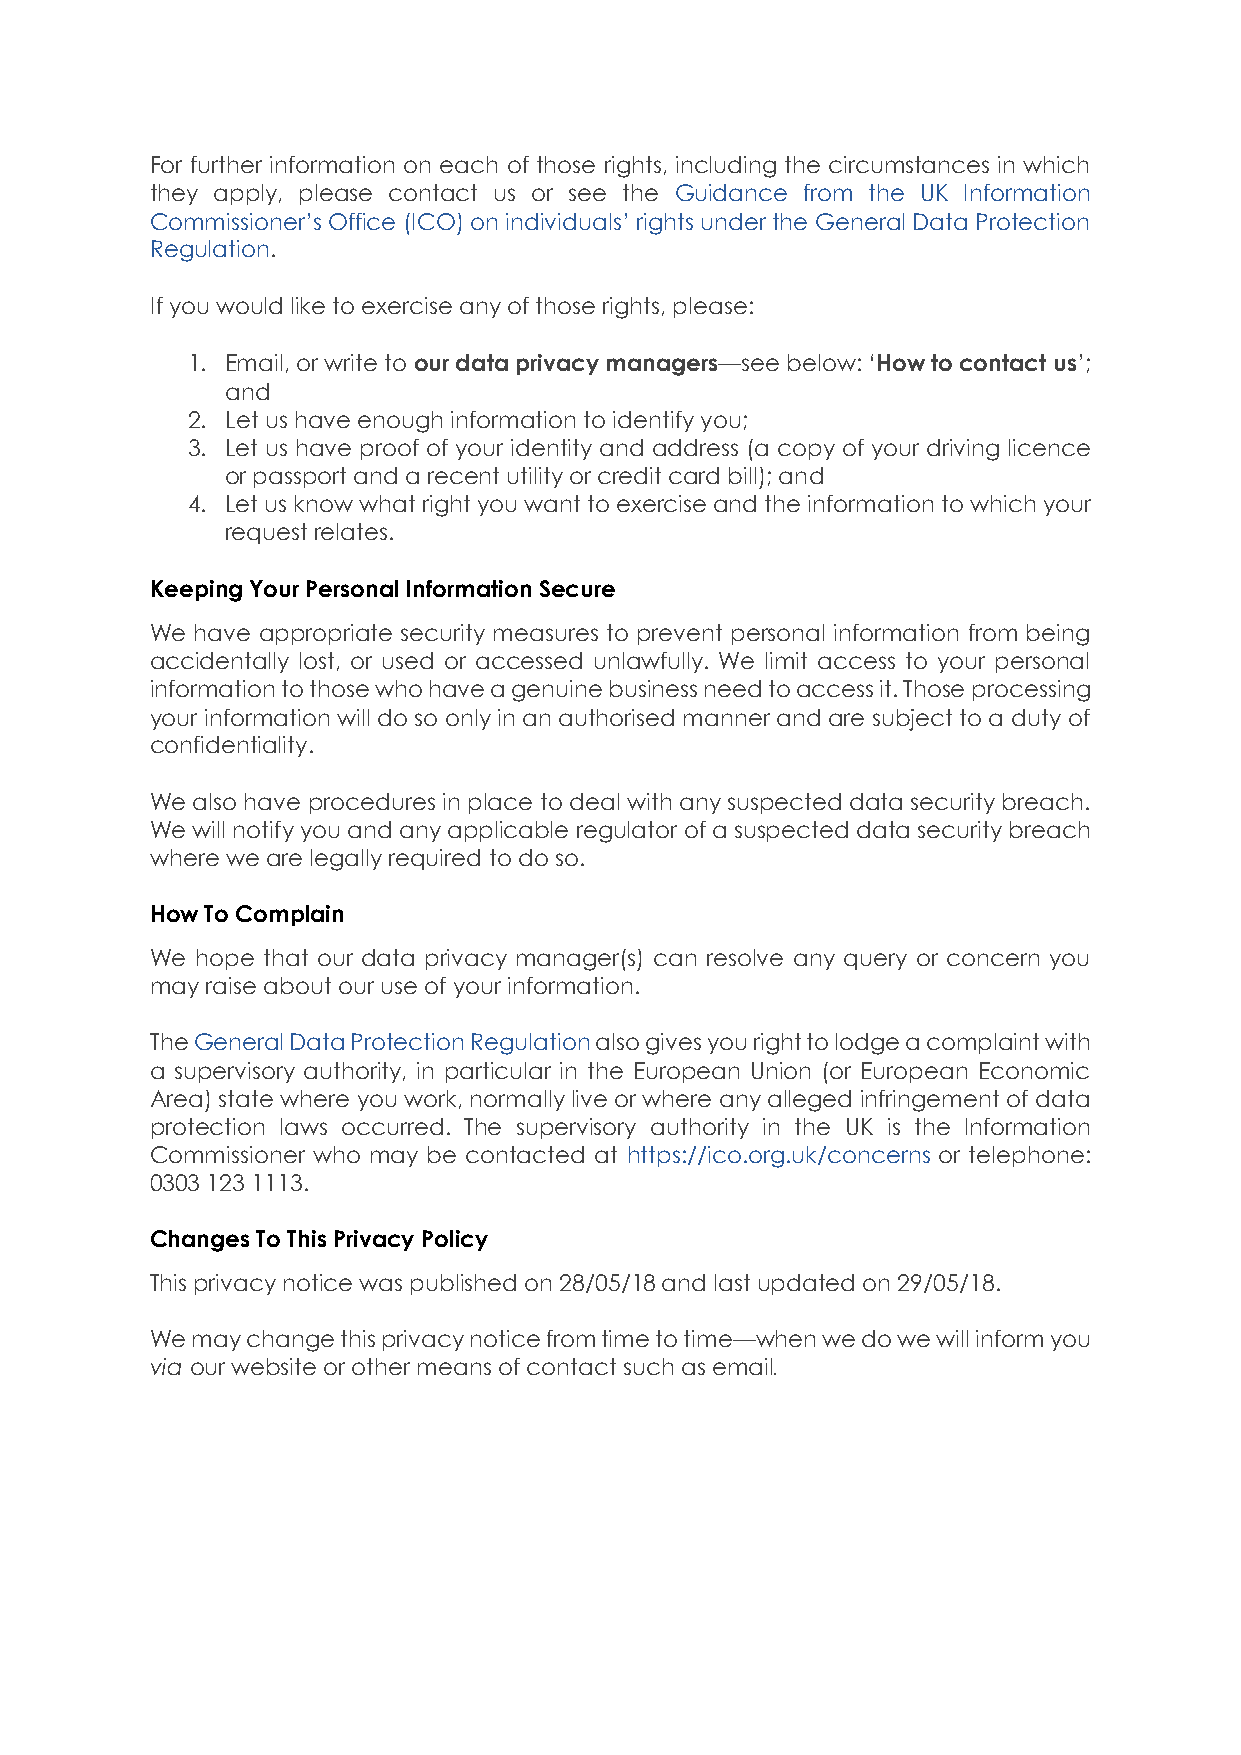
For further information on each of those rights, including the circumstances in which
 they apply, please contact us or see the Guidance from the UK Information
 Commissioner’s Office (ICO) on individuals’ rights under the General Data Protection
 Regulation.
 If you would like to exercise any of those rights, please:
 1. Email, or write to our data privacy managers—see below: ‘How to contact us’;
 and
 2. Let us have enough information to identify you;
 3. Let us have proof of your identity and address (a copy of your driving licence
 or passport and a recent utility or credit card bill); and
 4. Let us know what right you want to exercise and the information to which your
 request relates.
 Keeping Your Personal Information Secure
 We have appropriate security measures to prevent personal information from being
 accidentally lost, or used or accessed unlawfully. We limit access to your personal
 information to those who have a genuine business need to access it. Those processing
 your information will do so only in an authorised manner and are subject to a duty of
 confidentiality.
 We also have procedures in place to deal with any suspected data security breach.
 We will notify you and any applicable regulator of a suspected data security breach
 where we are legally required to do so.
 How To Complain
 We hope that our data privacy manager(s) can resolve any query or concern you
 may raise about our use of your information.
 The General Data Protection Regulation also gives you right to lodge a complaint with
 a supervisory authority, in particular in the European Union (or European Economic
 Area) state where you work, normally live or where any alleged infringement of data
 protection laws occurred. The supervisory authority in the UK is the Information
 Commissioner who may be contacted at https://ico.org.uk/concerns or telephone:
 0303 123 1113.
 Changes To This Privacy Policy
 This privacy notice was published on 28/05/18 and last updated on 29/05/18.
 We may change this privacy notice from time to time—when we do we will inform you
 via our website or other means of contact such as email.